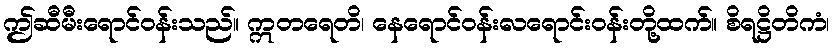
ဤဆီမီးရောင်ဝန်းသည်။ ဣတရေတိ၊ နေရောင်ဝန်းလရောင်းဝန်းတို့ထက်။ စိရဋ္ဌိတိကံ၊